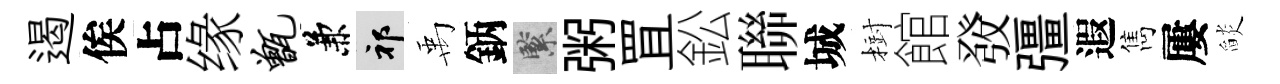
遏俟占缘甑兼祁禹鈵緊粥罝鈆聯城𣗳館𤼲彊遐雋屢𦦨